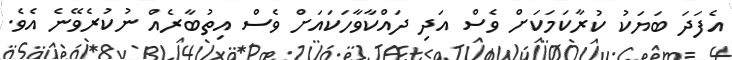
އެފަދަ ބަޔަކު ކުރާކަމަކަށް ވެސް އަދި ދައްކާވާހަކައަށް ވެސް އިތުބާރެއް ނުކުރެވޭނެ އެވެ.